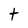
Character: t